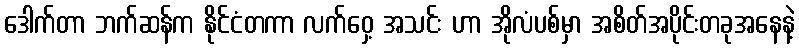
ဒေါက်တာ ဘက်ဆန်က နိုင်ငံတကာ လက်ဝှေ့ အသင်း ဟာ အိုလံပစ်မှာ အစိတ်အပိုင်းတခုအနေနဲ့